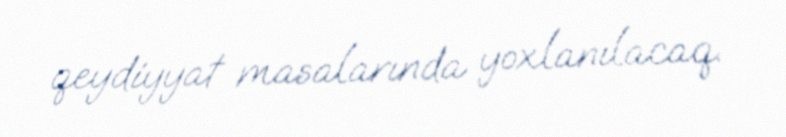
qeydiyyat masalarında yoxlanılacaq.